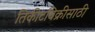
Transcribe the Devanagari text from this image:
तिकीटविक्रीसाठी